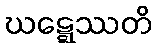
ဃဋ္ဋေဿတိ